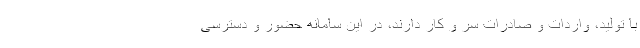
با تولید، واردات و صادرات سر و کار دارند، در این سامانه حضور و دسترسی